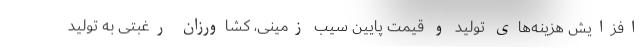
افزایش هزینه‌های تولید و قیمت پایین سیب زمینی، کشاورزان رغبتی به تولید